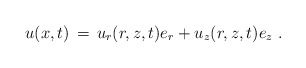
\begin{align*} u(x,t) \,=\, u_r(r,z,t) e_r + u_z(r,z,t) e_z~.\end{align*}